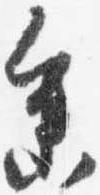
参